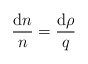
\begin{align*}\frac{\mathrm{d}n}{n}=\frac{\mathrm{d}\rho}{q} \end{align*}